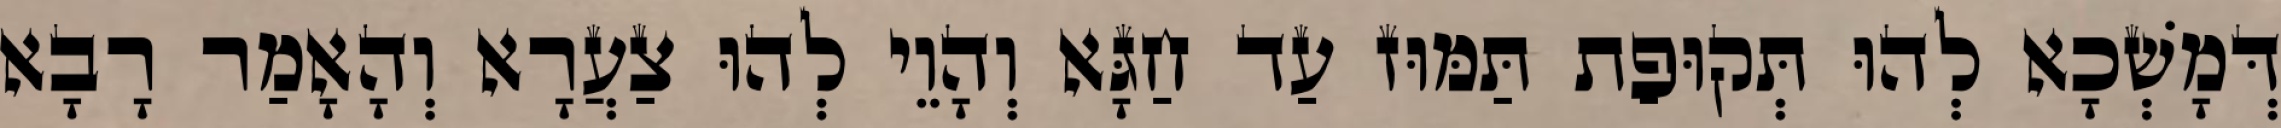
דְּמָשְׁכָא לְהוּ תְּקוּפַת תַּמּוּז עַד חַגָּא וְהָוֵי לְהוּ צַעֲרָא וְהָאָמַר רָבָא